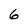
Character: 6